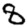
Digit: 8